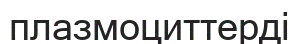
плазмоциттерді